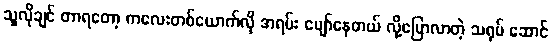
သူလိုချင် တာရတော့ ကလေးတစ်ယောက်လို အရမ်း ပျော်နေတယ် လို့ပြောလာတဲ့ သရုပ် ဆောင်